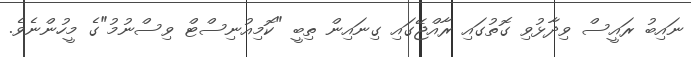
ނައިބު ރައީސް ވިދާޅުވި ގޮތުގައި ރާއްޖޭގައި ގިނައިން ތިބީ "ކޮމިއުނިސްޓް ވިސްނުމު"ގެ މީހުންނެވެ.